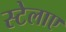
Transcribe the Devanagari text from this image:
स्टेलाए